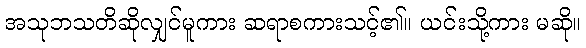
အသုဘသတိဆိုလျှင်မူကား ဆရာစကားသင့်၏။ ယင်းသို့ကား မဆို။